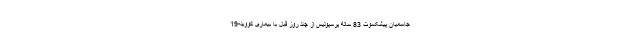
جاسمیان پیشکسوت 83 ساله پرسپولیس از چند روز قبل با بیماری کووید-19